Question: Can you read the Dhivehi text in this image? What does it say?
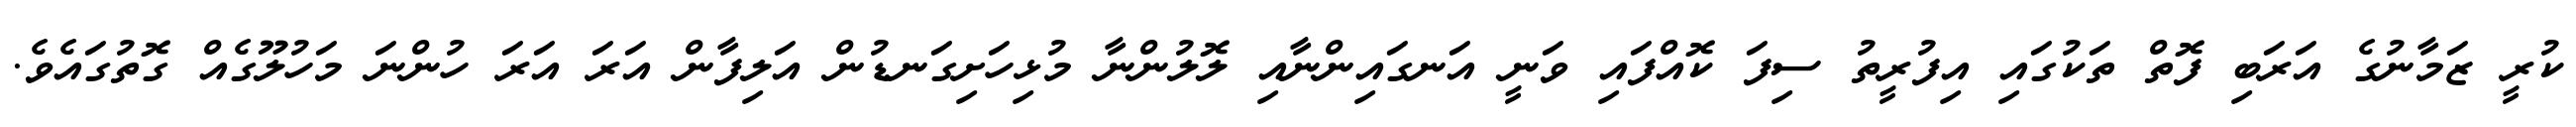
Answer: ކުރީ ޒަމާނުގެ އަރަބި ފޮތް ތަކުގައި އިފުރީތު ސިފަ ކޮއްފައި ވަނީ އަނގައިންނާއި ލޮލުންނާ މުޅިހަށިގަނޑުން އަލިފާން އަރަ އަރަ ހުންނަ މަހުލޫގެއް ގޮތުގައެވެ.